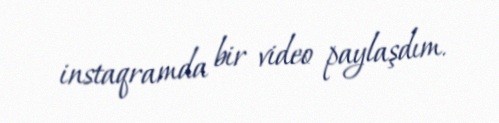
instaqramda bir video paylaşdım.